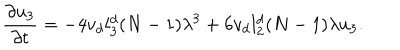
LaTeX: \frac { \partial u _ { 3 } } { \partial t } = - 4 v _ { d } l _ { 3 } ^ { d } ( N - 1 ) \lambda ^ { 3 } + 6 v _ { d } l _ { 2 } ^ { d } ( N - 1 ) \lambda { u } _ { 3 } .